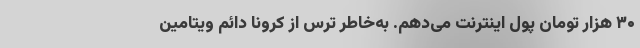
۳۰ هزار تومان پول اینترنت می‌دهم. به‌خاطر ترس از کرونا دائم ویتامین